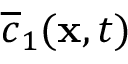
\overline { c } _ { 1 } ( \mathbf x , t )